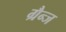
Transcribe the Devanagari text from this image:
ग्रैन्ज